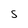
Character: 5